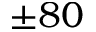
\pm 8 0